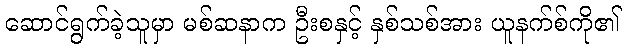
ဆောင်ရွက်ခဲ့သူမှာ မစ်ဆနာက ဦးစနှင့် နှစ်သစ်အား ယူနက်စ်ကို၏